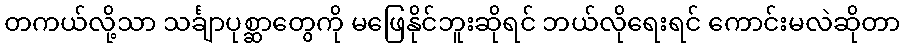
တကယ်လို့သာ သင်္ချာပုစ္ဆာတွေကို မဖြေနိုင်ဘူးဆိုရင် ဘယ်လိုရေးရင် ကောင်းမလဲဆိုတာ